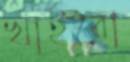
খাইবো